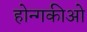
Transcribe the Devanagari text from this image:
होन्गकीओ